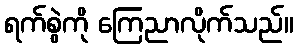
ရက်စွဲကို ကြေညာလိုက်သည်။